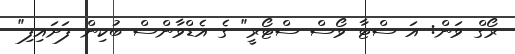
ރޯގް ވަން: އަ ސްޓާ ވޯސް ސްޓޯރީ" ގެ އެޑްވާންސް ބުކިން ފަށައިފި"